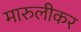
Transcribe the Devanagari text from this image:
मारुलीकर